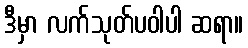
ဒီမှာ လက်သုတ်ပဝါပါ ဆရာ။